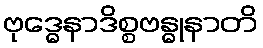
ဗုဒ္ဓေနာဒိစ္စဗန္ဓုနာတိ